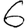
Digit: 6